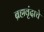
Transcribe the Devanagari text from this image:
ब्रह्मवृंदाचे